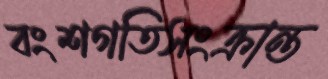
বংশগতিসংক্রান্ত